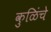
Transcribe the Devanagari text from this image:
कुळिंचे